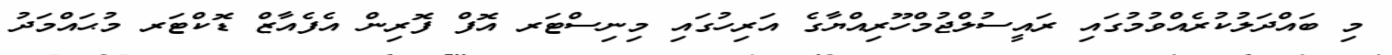
މި ބައްދަލުކުރެއްވުމުގައި ރައީސުލްޖުމްހޫރިއްޔާގެ އަރިހުގައި މިނިސްޓަރ އޮފް ފޮރިން އެފެއާޒް ޑޮކްޓަރ މުޙައްމަދު